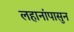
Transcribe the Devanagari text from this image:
लहानांपासुन